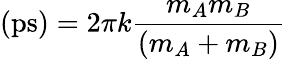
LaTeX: \mathrm{(ps)}=2\pi k{\frac{m_{A}m_{B}}{(m_{A}+m_{B})}}